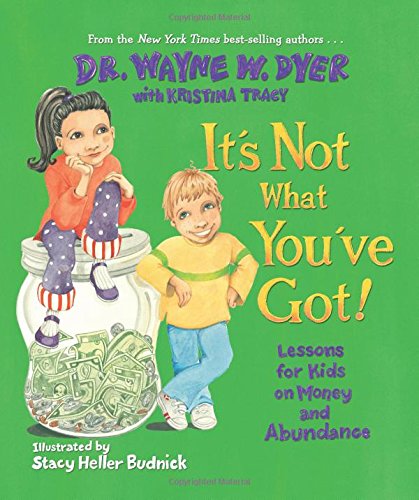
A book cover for It's Not What You've Got; Dr. Wayne W. Dyer; Children's Books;